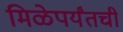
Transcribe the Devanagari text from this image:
मिळेपर्यंतची